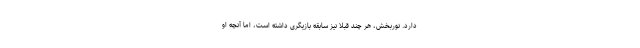
دارد. نوربخش، هر چند قبلا نیز سابقه بازیگری داشته است، اما آنچه او